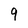
Character: q